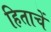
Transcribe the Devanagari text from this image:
हिताचें